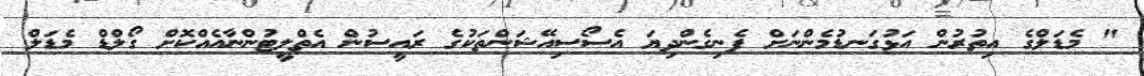
" މެޑަލްގެ އިތުރުން އަޅުގަނޑުމެންނަށް ފެނިގެންދިޔަ އެސޯސިއޭޝަންތަކުގެ ރައީސުން އެތްލީޓުންނާއެއްކޮށް ގޯލްޑް މެޑަލް